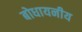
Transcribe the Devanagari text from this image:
बोधायनीय